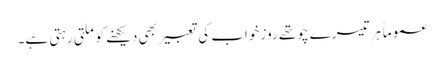
عموماً ہر تیسرے چوتھے روز خواب کی تعبیر بھی دیکھنے کو ملتی رہتی ہے۔